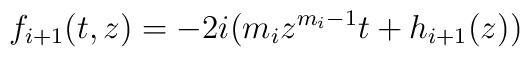
f_{i+1}(t,z)=-2i(m_iz^{m_i-1}t+h_{i+1}(z))